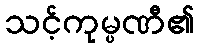
သင့်ကုမ္ပဏီ၏